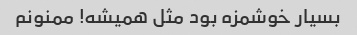
بسیار خوشمزه بود مثل همیشه! ممنونم